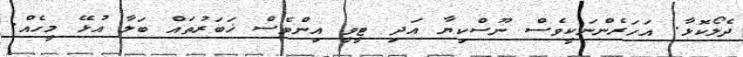
ދެލޯކޮޅާ. އަހަރެންނަކީވެސް ނޫސްކިޔާ އަދި ޓީވީ އިންވެސް ޚަބަރުތައް ބަލާ އުޅޭ މީހެއް.